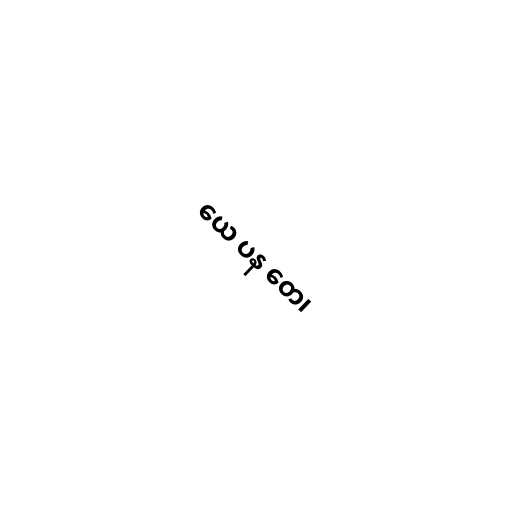
ယေ ပန တေ၊